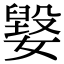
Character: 𡢕